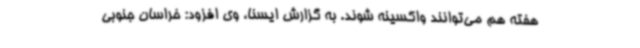
هفته هم می‌توانند واکسینه شوند. به گزارش ایسنا، وی افزود: خراسان جنوبی